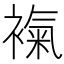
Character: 𧜃